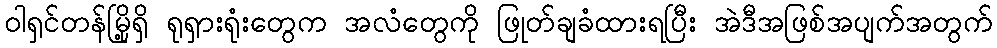
ဝါရှင်တန်မြို့ရှိ ရုရှားရုံးတွေက အလံတွေကို ဖြုတ်ချခံထားရပြီး အဲဒီအဖြစ်အပျက်အတွက်